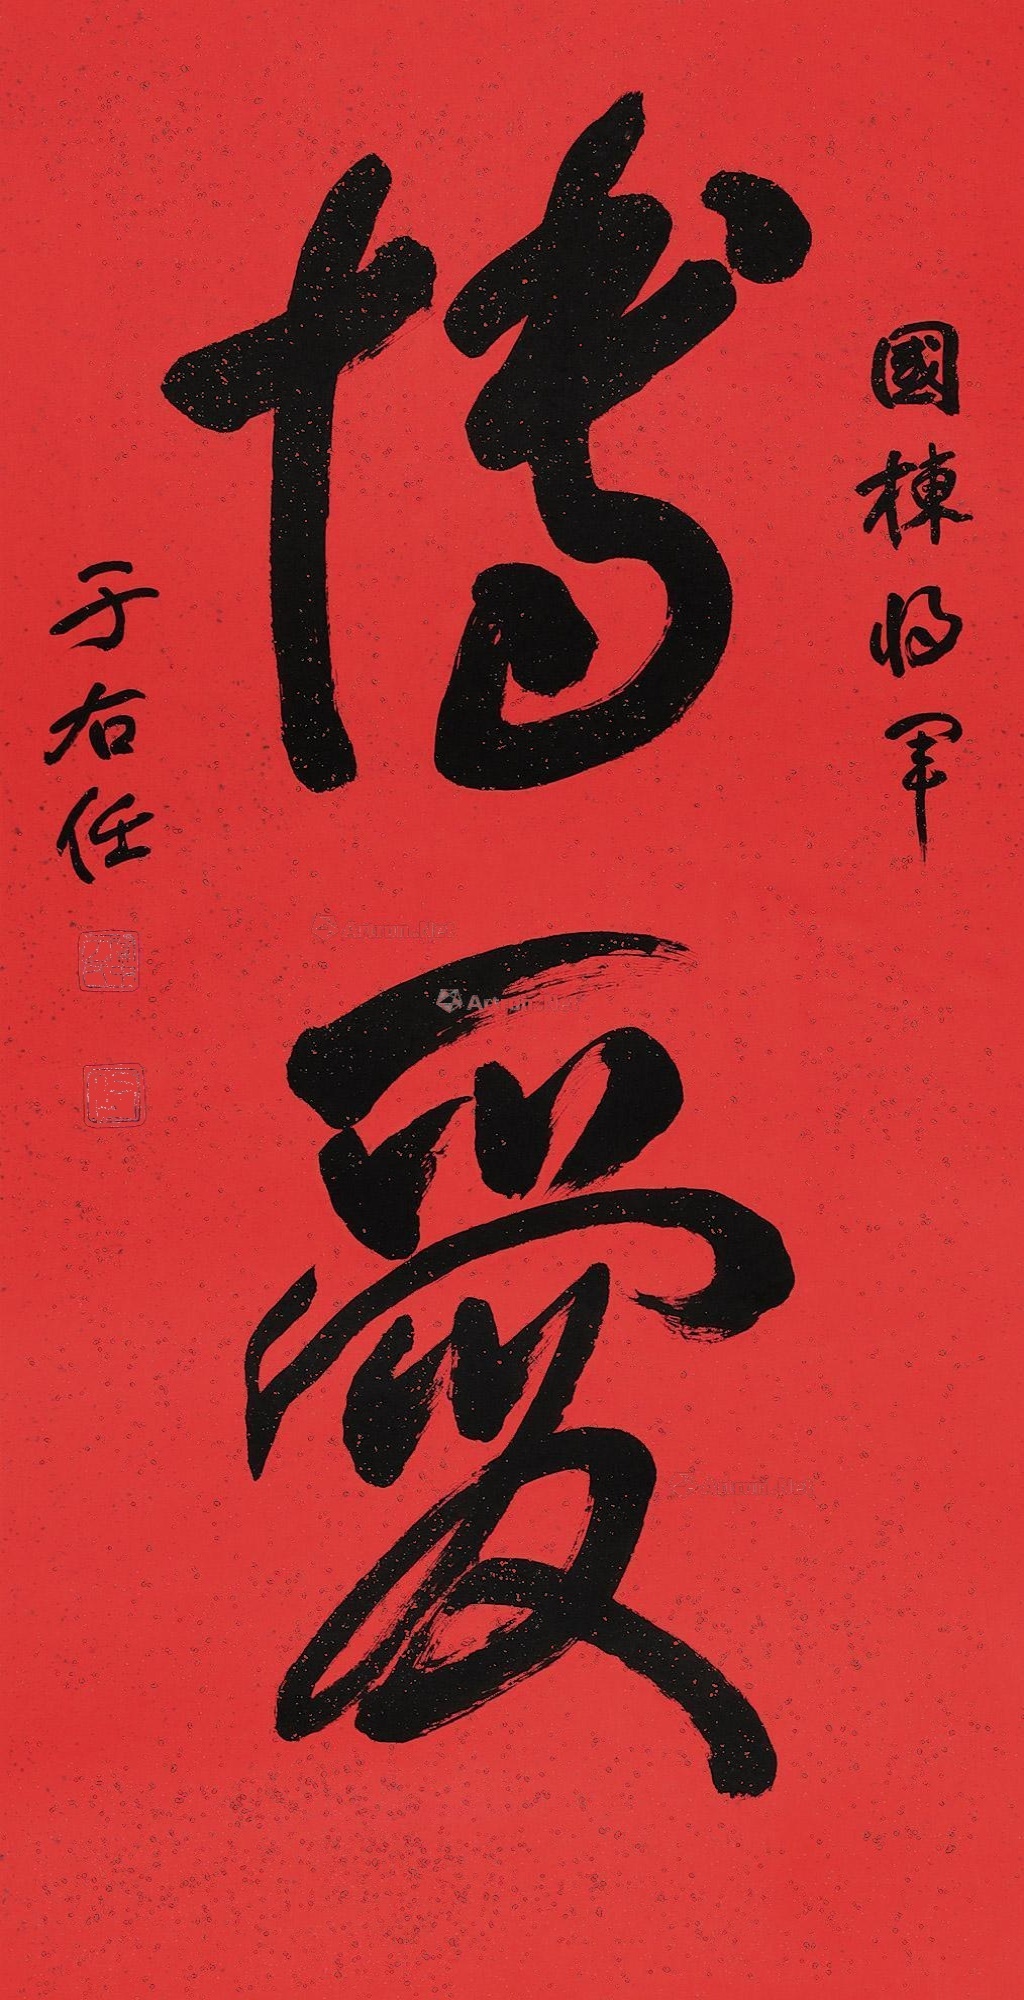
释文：国栋将军，于右任。国栋上款